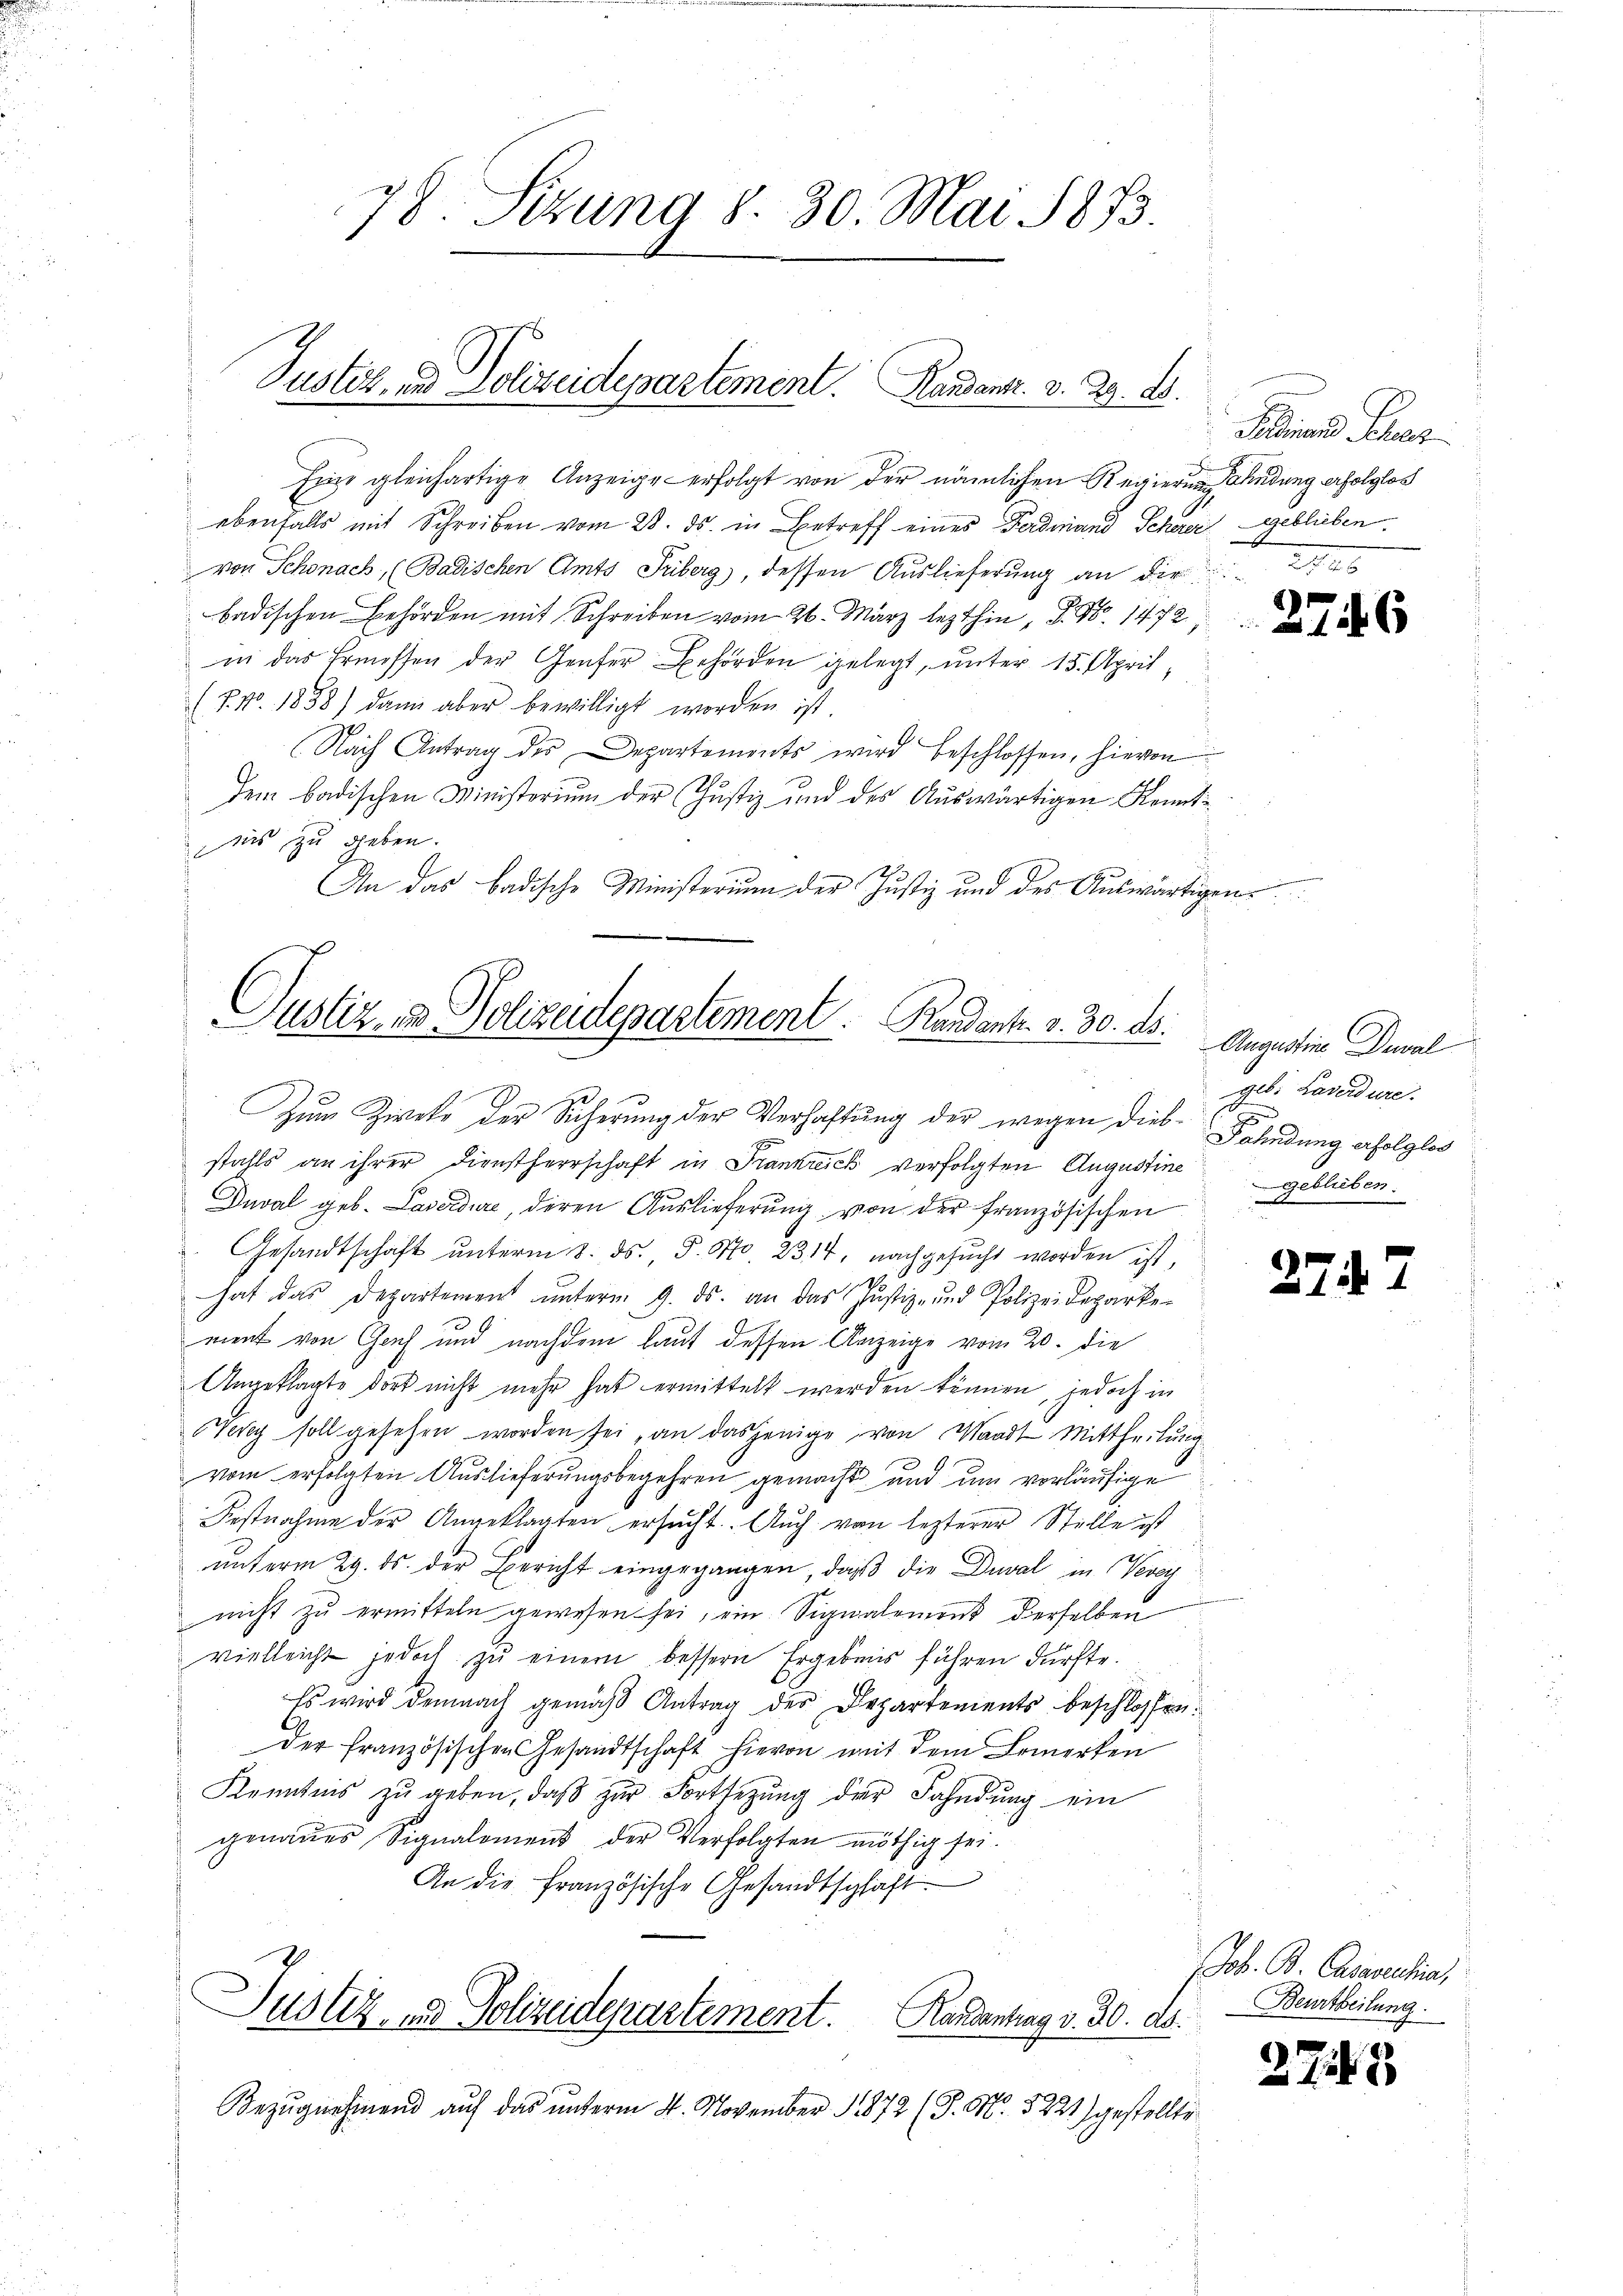
Justiz, und Polizeidepartement. Randant. v. 29. D.

78. Sitzung 8. 30. Mai 1873

Eine gleichartige Anzeige erfolgt von der nämlichen Regierung andung erfolglos
ebenfalls mit Schreiben vom 28. ds. in Betreff eines Ferdinand Scherer geblieben.
von Schonach, (Badischen Amts Triberg), dessen Auslieferung an die
adischen hören mit Schrei vom 2. März lezthin, d. 9. 1472
in das Ermessen der Genfer Behörden gelegt, unter 15. April,
(7. No. 1858) dann aber bewilligt worden ist.
Nach Antrag des Departements wird beschlossen, hievon
dem badischen Ministerium der Justiz und des Auswärtigen Kenntis zu geben.
43.
An das badische Ministerium der Justiz und des Auswärtigen

Justiz- & Polizeidepartement.   Randants. v. 30. ds.

Zum Zwecke der Sicherung der Verhaftung der wegen dies Fahndung erfolglos
stahls an ihrer Dienstherrschaft in Frankreich verfolgten Augustine
Duval geb. Laverdire, deren Auslieferung von der französischen Geblieben
.Gesandtschaft ŭnterm 8. ds. S. 570. 2314, nachgesŭcht worden ist,
hat das Departement ŭnterm 9. ds. an das Justiz- und Polizeideparke
ment von Genf und nachdem laut dessen Anzeige vom 20. die
Angeklagte dort nicht mehr hat ermittelt werden können, jedoch in
Werey soll gesehen worden sei an dasjenige von Waadt Mittheilung
vom erfolgten Auslieferungsbegehren gemacht und um vorläufige
Festnahme der Angeklagten ersucht. Auch von lezterer Stelle ist
u
unterm 29. ds. der Bericht eingegangen, daß die Duval in Vevey
nicht zŭ ermitteln gewesen sei, ein Signalement derselben
vielleicht jedoch zŭ einem bessern Ergebnis führen dürfte.
Es wird demnach gemäβ Antrag der Departements beschlossen:
der französischen Gesandtschaft hievon mit dem Bemerken
Kenntnis zŭ geben, daβ zŭr Fortsetzŭng der Fahndung ein
genaues Signalement der Verfolgten nöthig sei.
An die französische Gesandtschaft
Justiz- & Polizeidepartement. Hardentrag v. 30. ds.
Bezugnehmend auf das unterm 4. November 1872 (P. Nr. 5221) gestellte

Peinaus Peter

Augustine Damal
geb: Laverdure.

2747

(ob. B. Casaventia,
Beurtheilung.

37.

18